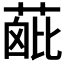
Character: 𦶰